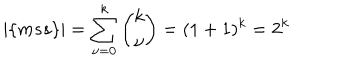
LaTeX: | \{ m s s \} | = \sum _ { \nu = 0 } ^ { k } { \binom { k } { \nu } } = ( 1 + 1 ) ^ { k } = 2 ^ { k }